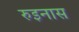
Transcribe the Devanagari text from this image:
रुइनास